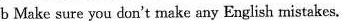
b Make sure you don't make any English mistakes.